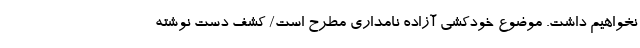
نخواهیم داشت. موضوع خودکشی آزاده نامداری مطرح است/ کشف دست نوشته‌